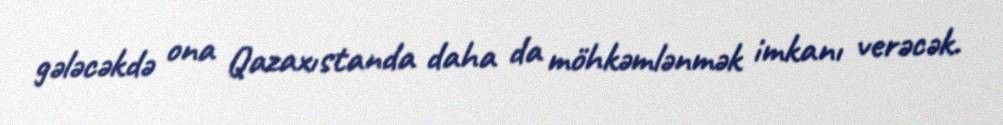
gələcəkdə ona Qazaxıstanda daha da möhkəmlənmək imkanı verəcək.